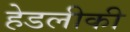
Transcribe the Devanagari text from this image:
हेडलीकी